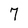
Character: 7